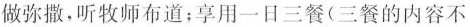
做弥撒，听牧师布道；享用一日三餐（三餐的内容不